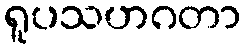
ရူပသဟဂတာ